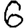
Digit: 6